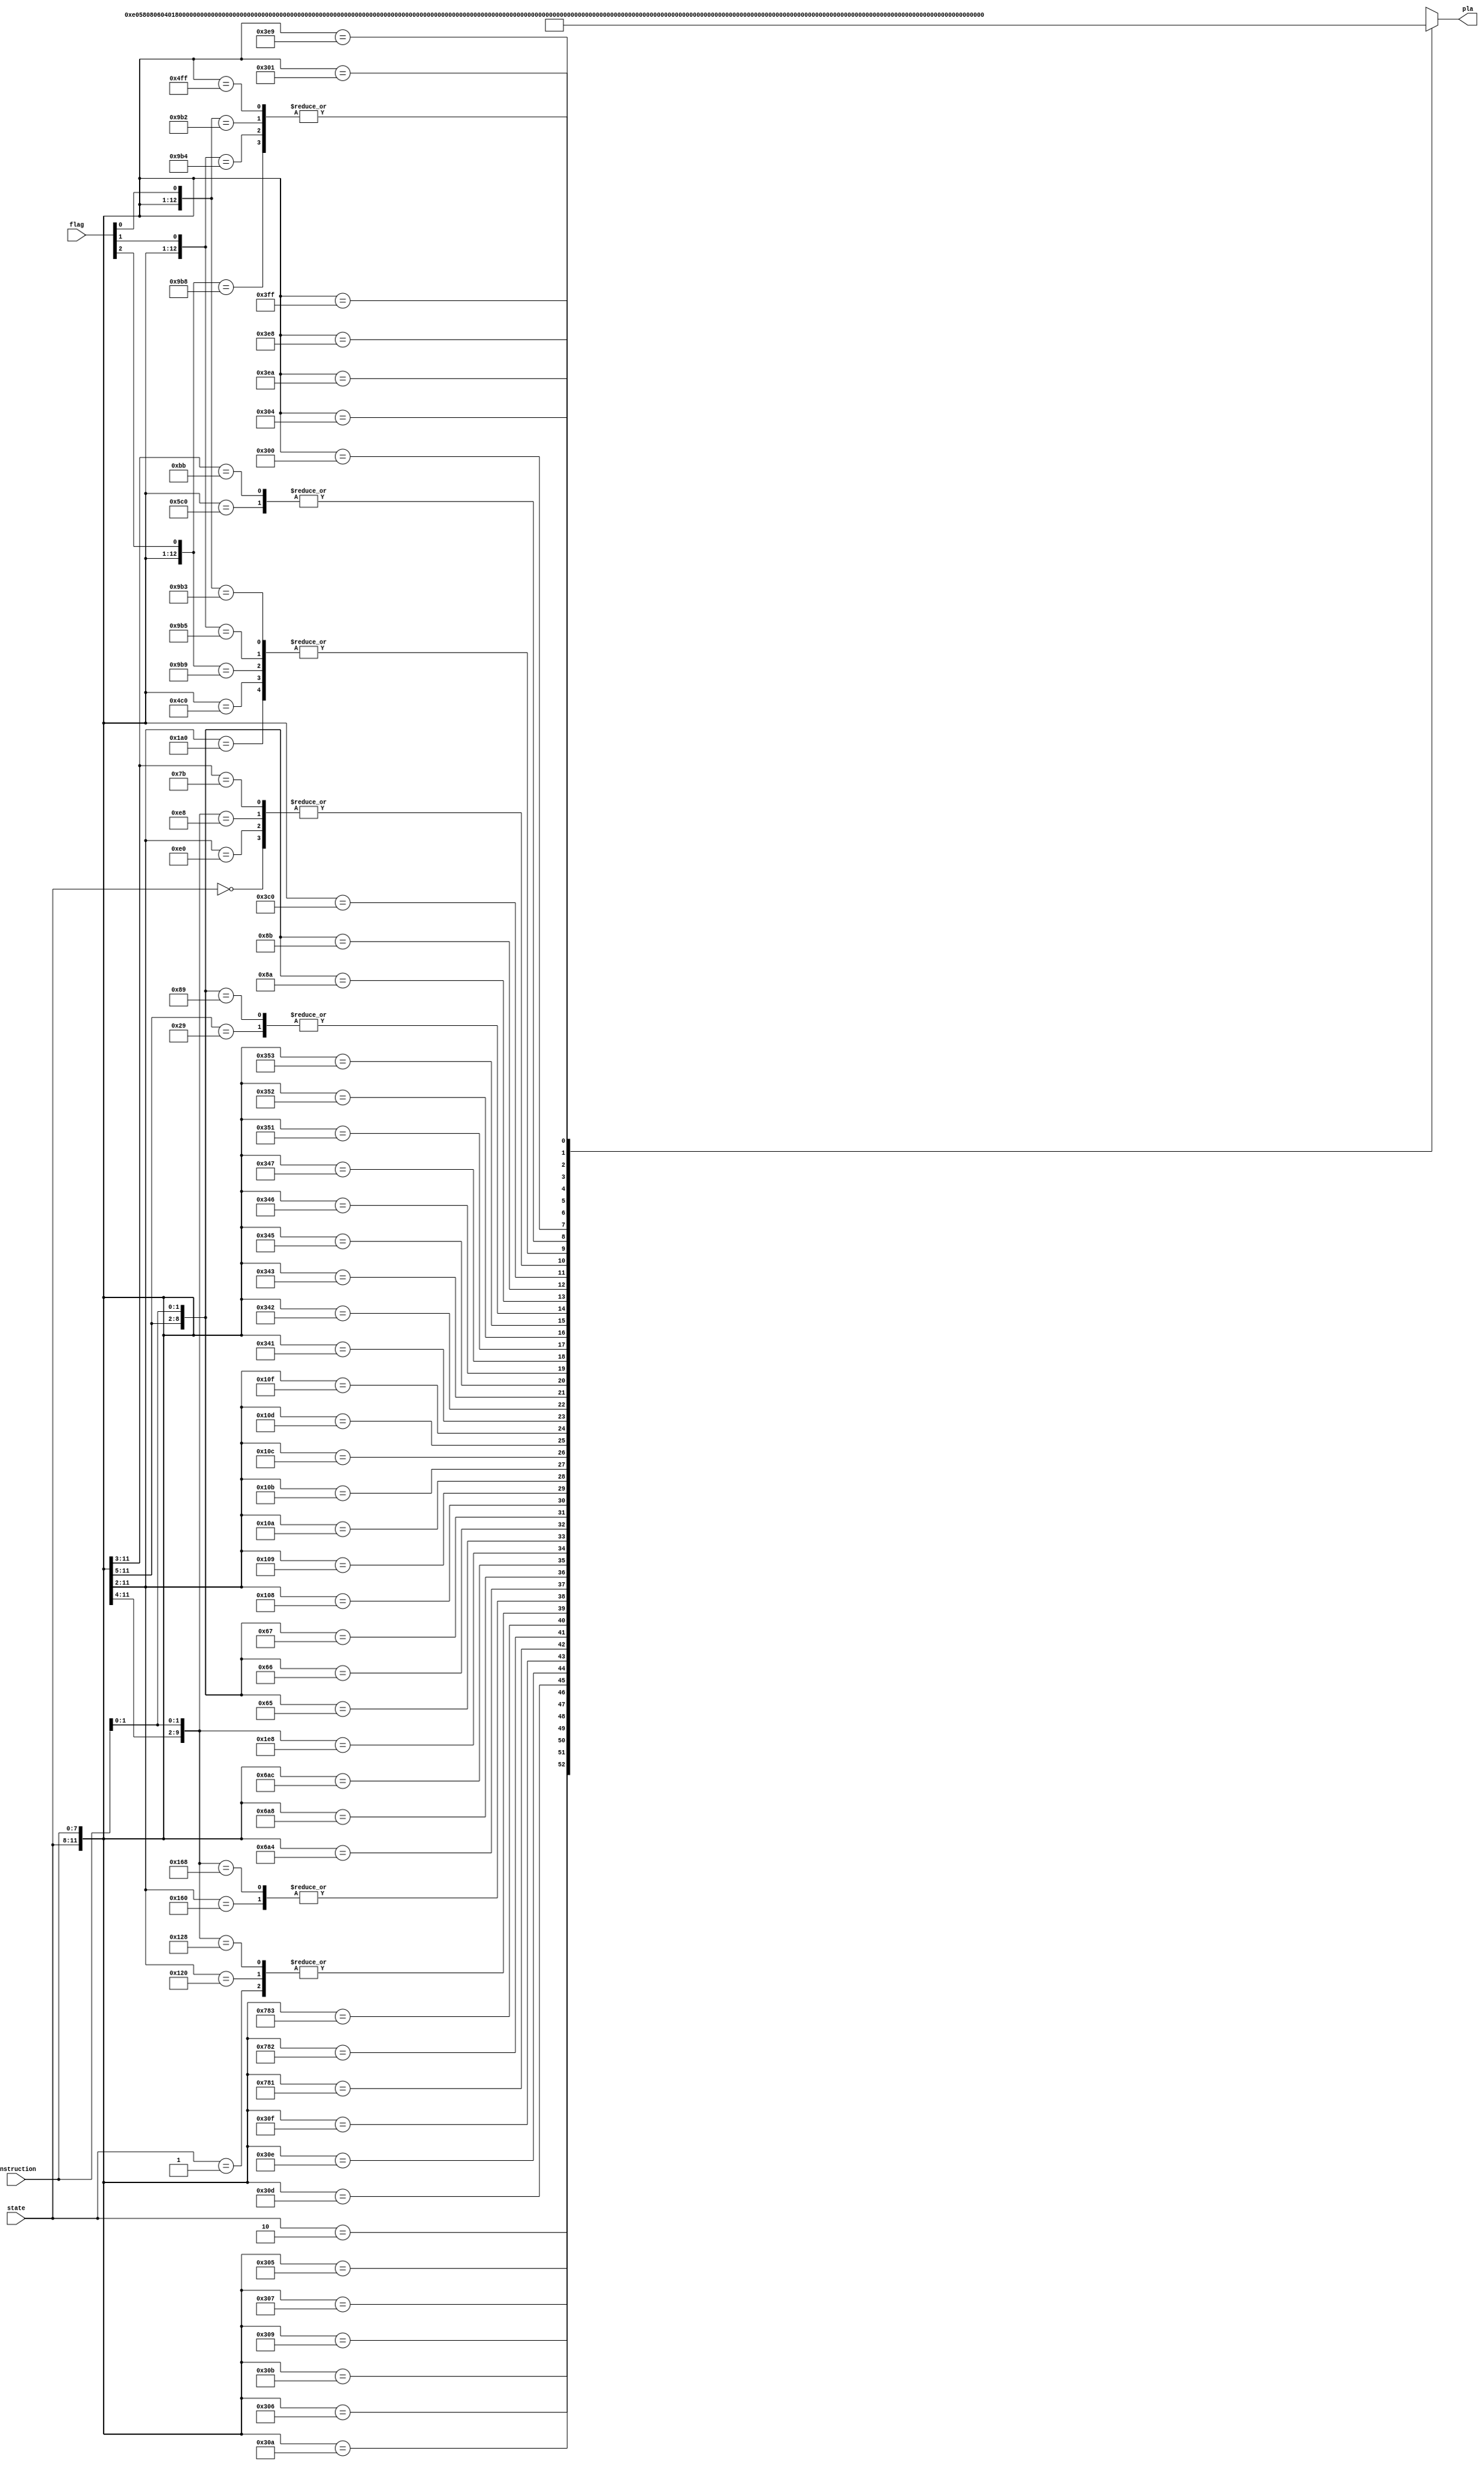
`default_nettype none

module ctrl_pla(
  input wire [3:0]    state,
  input wire [7:0]    instruction,
  input wire [2:0]    flag,
  output wire [17:0]  pla);

  assign pla = PLA(state, instruction, flag);

  //-- PLA function

  function [17:0] PLA;
    input [3:0] state;
    input [7:0] instruction;
    input [2:0] flag;
    begin
      casex({ state, instruction, flag})
        // instruction fetch
        15'b0000_XXXXXXXX_XXX : PLA = 18'b0_00_0_1_0100_01110_0000;
        15'b0001_XXXXXXXX_XXX : PLA = 18'b0_10_0_0_0000_00000_0100;
        15'b0010_XXXXXXXX_XXX : PLA = 18'b0_00_0_0_0111_00000_0101;
        //
        15'b0011_00000101_XXX : PLA = 18'b1_00_0_0_0001_00000_0001;
        15'b0011_00000110_XXX : PLA = 18'b1_00_0_0_0010_00000_0001;
        15'b0011_00000111_XXX : PLA = 18'b1_00_0_0_0011_00000_0001;
        15'b0011_00001001_XXX : PLA = 18'b1_00_0_0_0001_00000_0010;
        15'b0011_00001010_XXX : PLA = 18'b1_00_0_0_0010_00000_0010;
        15'b0011_00001011_XXX : PLA = 18'b1_00_0_0_0011_00000_0010;
        15'b0011_00001101_XXX : PLA = 18'b1_00_0_0_0001_00000_0011;
        15'b0011_00001110_XXX : PLA = 18'b1_00_0_0_0010_00000_0011;
        15'b0011_00001111_XXX : PLA = 18'b1_00_0_0_0011_00000_0011;
        15'b0011_100000XX_XXX : PLA = 18'b0_00_0_1_0100_01110_0000;
        15'b0100_100000XX_XXX : PLA = 18'b0_10_0_0_0000_00000_0100;
        15'b0101_100000XX_XXX : PLA = 18'b0_00_0_0_0100_00000_0101;
        15'b0110_100000XX_XXX : PLA = 18'b0_10_0_0_0000_00000_0000;
        15'b0111_10000001_XXX : PLA = 18'b1_00_0_0_0001_00000_0101;
        15'b0111_10000010_XXX : PLA = 18'b1_00_0_0_0010_00000_0101;
        15'b0111_10000011_XXX : PLA = 18'b1_00_0_0_0011_00000_0101;
        15'b0011_1010XX00_XXX : PLA = 18'b0_00_0_1_0100_01110_0000;
        15'b0100_1010XX00_XXX : PLA = 18'b0_10_0_0_0000_00000_0100;
        15'b0101_1010XX00_XXX : PLA = 18'b0_00_0_0_0100_00000_0101;
        15'b0110_10100100_XXX : PLA = 18'b0_00_0_0_0101_00000_0001;
        15'b0110_10101000_XXX : PLA = 18'b0_00_0_0_0101_00000_0010;
        15'b0110_10101100_XXX : PLA = 18'b0_00_0_0_0101_00000_0011;
        15'b0111_1010XX00_XXX : PLA = 18'b1_01_0_0_0000_00000_0000;
        15'b0011_001XXX01_XXX : PLA = 18'b0_00_0_0_0110_00000_0001;
        15'b0011_001XXX10_XXX : PLA = 18'b0_00_0_0_0110_00000_0010;
        15'b0011_001XXX11_XXX : PLA = 18'b0_00_0_0_0110_00000_0011;
        15'b0100_001000XX_XXX : PLA = 18'b0_00_1_1_0101_01000_0001;
        15'b0100_001001XX_XXX : PLA = 18'b0_00_1_1_0101_01010_0001;
        15'b0100_001010XX_XXX : PLA = 18'b0_00_1_1_0101_01011_0001;
        15'b0100_001011XX_XXX : PLA = 18'b0_00_1_1_0101_01101_0001;
        15'b0100_001100XX_XXX : PLA = 18'b0_00_1_1_0101_10000_0001;
        15'b0100_001101XX_XXX : PLA = 18'b0_00_1_1_0101_10001_0001;
        15'b0100_001111XX_XXX : PLA = 18'b0_00_1_1_0101_10010_0001;
        15'b0101_001XXXXX_XXX : PLA = 18'b1_00_0_0_0001_00000_0100;
        15'b0011_01000001_XXX : PLA = 18'b0_00_1_1_0110_01110_0001;
        15'b0011_01000010_XXX : PLA = 18'b0_00_1_1_0110_01110_0010;
        15'b0011_01000011_XXX : PLA = 18'b0_00_1_1_0110_01110_0011;
        15'b0011_01000101_XXX : PLA = 18'b0_00_1_1_0110_01111_0001;
        15'b0011_01000110_XXX : PLA = 18'b0_00_1_1_0110_01111_0010;
        15'b0011_01000111_XXX : PLA = 18'b0_00_1_1_0110_01111_0011;
        15'b0011_01010001_XXX : PLA = 18'b0_00_1_1_0110_10011_0001;
        15'b0011_01010010_XXX : PLA = 18'b0_00_1_1_0110_10011_0010;
        15'b0011_01010011_XXX : PLA = 18'b0_00_1_1_0110_10011_0011;
        15'b0100_010XXX01_XXX : PLA = 18'b1_00_0_0_0001_00000_0100;
        15'b0100_010XXX10_XXX : PLA = 18'b1_00_0_0_0010_00000_0100;
        15'b0100_010XXX11_XXX : PLA = 18'b1_00_0_0_0011_00000_0100;
        15'b0011_11000000_XXX : PLA = 18'b0_00_0_0_0100_00000_0000;
        15'b0100_11000000_XXX : PLA = 18'b0_10_0_0_0000_00000_0000;
        15'b0101_11000000_XXX : PLA = 18'b1_00_0_0_0000_00000_0101;
        15'b0011_11011XXX_XXX : PLA = 18'b0_00_0_1_0100_01110_0000;
        15'b0100_11011100_0XX : PLA = 18'b1_00_0_0_0000_00000_0100;
        15'b0100_11011100_1XX : PLA = 18'b0_10_0_0_0000_00000_0000;
        15'b0100_11011010_X0X : PLA = 18'b1_00_0_0_0000_00000_0100;
        15'b0100_11011010_X1X : PLA = 18'b0_10_0_0_0000_00000_0000;
        15'b0100_11011001_XX0 : PLA = 18'b1_00_0_0_0000_00000_0100;
        15'b0100_11011001_XX1 : PLA = 18'b0_10_0_0_0000_00000_0000;
        15'b0101_11011XXX_XXX : PLA = 18'b1_00_0_0_0000_00000_0101;
        15'b0011_00000000_XXX : PLA = 18'b0_00_0_0_0000_00000_0000;
        15'b0011_11111111_XXX : PLA = 18'b0_00_0_1_0000_01111_0000;
        15'b0100_11111111_XXX : PLA = 18'b1_00_0_0_0000_00000_0100;
        15'b0011_11101000_XXX : PLA = 18'b1_00_0_0_0000_00100_0000;
        15'b0011_11101001_XXX : PLA = 18'b1_00_0_0_0000_00101_0000;
        15'b0011_11101010_XXX : PLA = 18'b1_00_0_0_0000_00110_0000;
        //
        15'b0011_00000001_XXX : PLA = 18'b1_00_0_0_0001_00000_1000; // IN  ( IPORT -> A)
        15'b0011_00000100_XXX : PLA = 18'b1_00_0_0_1000_00000_0001; // OUT ( A -> OPORT)
        default : PLA = 18'bX_XX_X_X_XXXX_XXXXX_XXXX;
      endcase
    end
  endfunction

endmodule